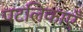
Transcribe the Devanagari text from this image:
पटलिकाएँ